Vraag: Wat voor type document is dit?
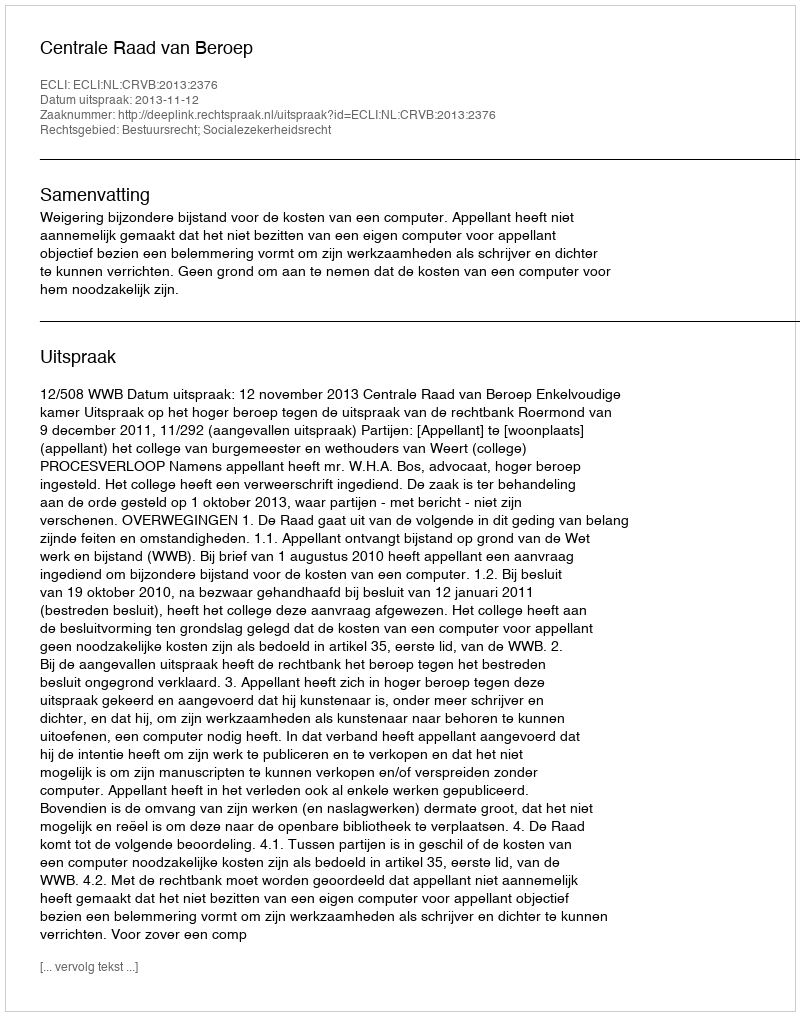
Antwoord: Uitspraak